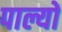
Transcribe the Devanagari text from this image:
पाल्यों